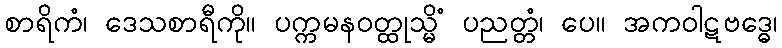
စာရိကံ၊ ဒေသစာရီကို။ ပက္ကမနဝတ္ထုသ္မိံ ပညတ္တံ၊ ပေ။ အကဝါဋဗဒ္ဓေ၊